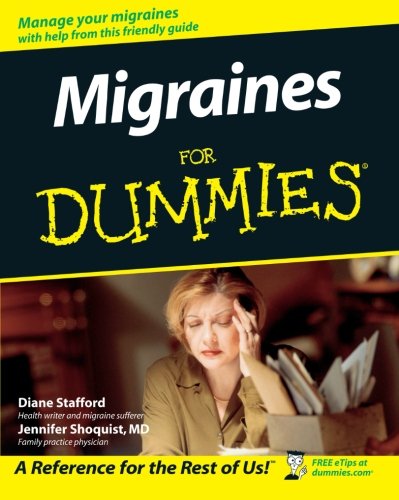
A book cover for Migraines For Dummies; Diane Stafford; Health, Fitness & Dieting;